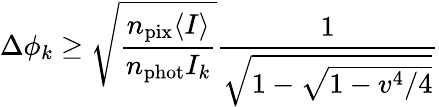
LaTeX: \Delta\phi_{k}\ge\sqrt{\frac{n_{\mathrm{pix}}\langle I\rangle}{n_{\mathrm{phot}}I_{k}}}\frac{1}{\sqrt{1-\sqrt{1-v^{4}/4}}}